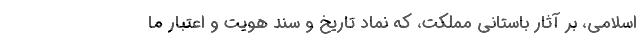
اسلامی، بر آثار باستانی مملکت، که نماد تاریخ و سند هویت و اعتبار ما